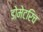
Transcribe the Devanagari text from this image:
डोमेटरिच